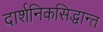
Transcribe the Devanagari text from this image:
दार्शनिकसिद्धान्त